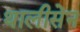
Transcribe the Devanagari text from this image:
थालीसेन